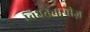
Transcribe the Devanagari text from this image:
वियतनामीज़